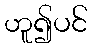
ဟူ၍ပင်